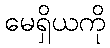
မေရှိယကို